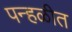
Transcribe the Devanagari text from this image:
पन्हळीत